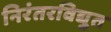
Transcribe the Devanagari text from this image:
निरंतरविद्युत